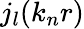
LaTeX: j_{l}(k_{n}r)